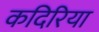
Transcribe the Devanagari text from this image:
कदिरिया